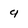
Character: 4